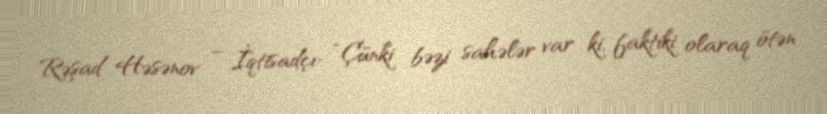
Rəşad Həsənov – İqtisadçı: “Çünki bəzi sahələr var ki, faktiki olaraq ötən